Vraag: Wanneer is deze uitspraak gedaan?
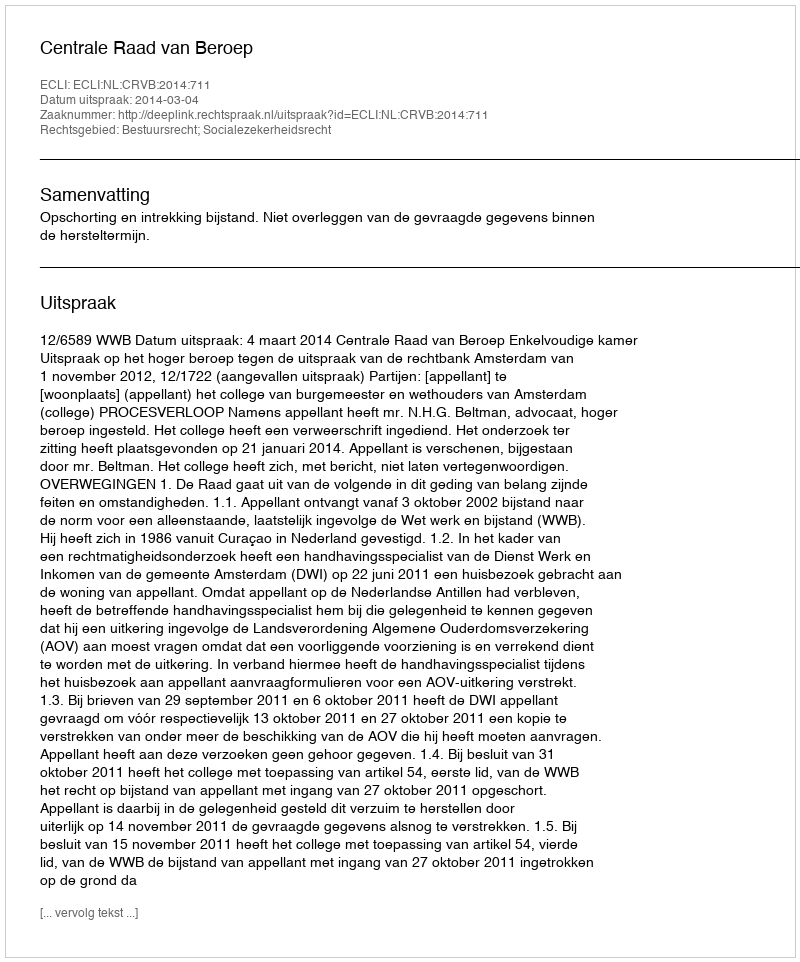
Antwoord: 2014-03-04